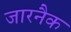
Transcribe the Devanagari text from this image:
जारनैक